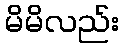
မိမိလည်း